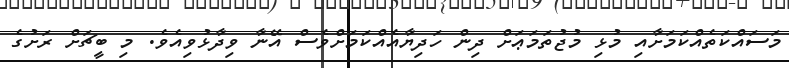
މަސައްކަތެއްކަމަށާއި މުޅި މުޖުތަމަޢަށް ދިން ހަދިޔާއެއްކަމަށްވެސް އޭނާ ވިދާޅުވިއެވެ. މި ބީޗަށް ރަށުގެ